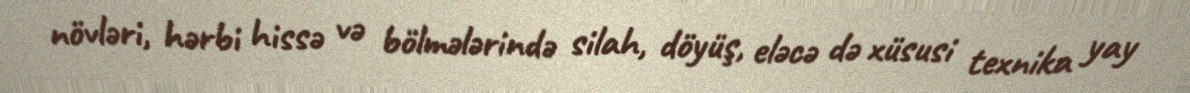
növləri, hərbi hissə və bölmələrində silah, döyüş, eləcə də xüsusi texnika yay